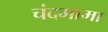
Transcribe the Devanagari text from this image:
चंदमामा